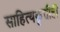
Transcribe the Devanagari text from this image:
साहित्यकृतीही